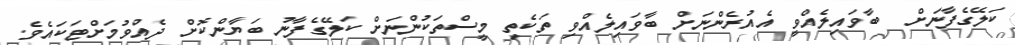
ކަލޭގެފާނަށް  ބާވައިލެއްވީ އެއުރެންނަށް ބާވައިލެއްވި ތަކެތި މީސްތަކުންނަށް ކަލޭގެފާނު ބަޔާންކޮށް ދެއްވުމަށްޓަކައެވެ.